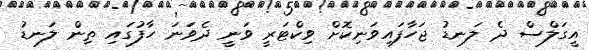
އީގަލްސް ދެ ލަނޑު ޖަހާފައިވަނިކޮށް ވިކްޓަރީ ވަނީ ދެވަނަ ހާފުގައި ތިން ލަނޑު